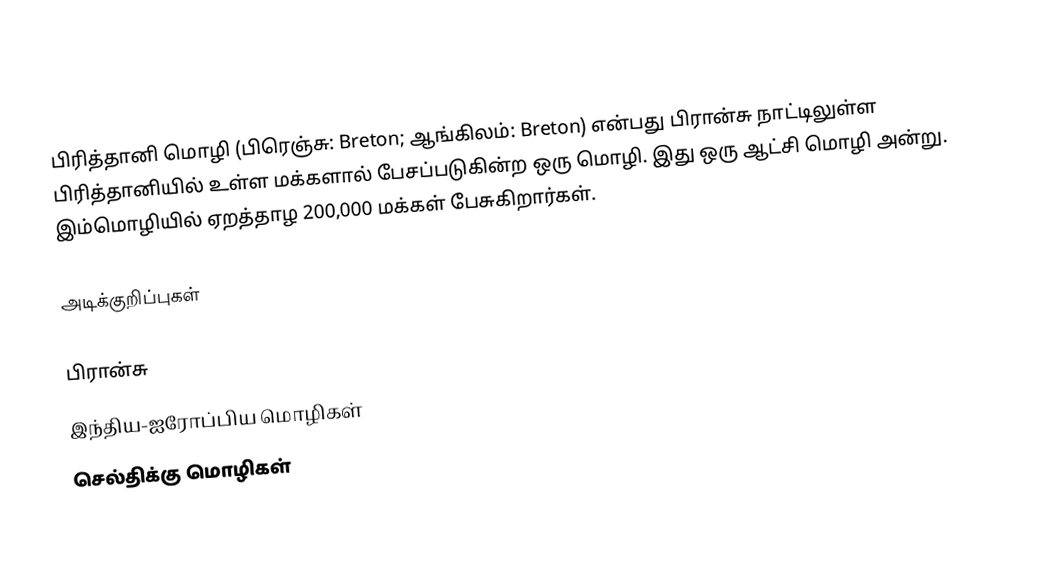
பிரித்தானி மொழி (பிரெஞ்சு: Breton; ஆங்கிலம்: Breton) என்பது பிரான்சு நாட்டிலுள்ள பிரித்தானியில் உள்ள மக்களால் பேசப்படுகின்ற ஒரு மொழி. இது ஒரு ஆட்சி மொழி அன்று. இம்மொழியில் ஏறத்தாழ 200,000 மக்கள் பேசுகிறார்கள்.

அடிக்குறிப்புகள்

பிரான்சு
இந்திய-ஐரோப்பிய மொழிகள்
செல்திக்கு மொழிகள்